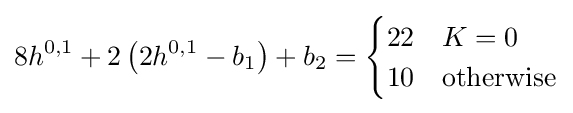
8h^{0,1}+2\left(2h^{0,1}-b_{1}\right)+b_{2}={\begin{cases}22&K=0\\10&{\text{otherwise}}\end{cases}}